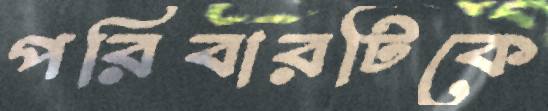
পরিবারটিকে